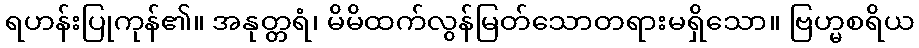
ရဟန်းပြုကုန်၏။ အနုတ္တရံ၊ မိမိထက်လွန်မြတ်သောတရားမရှိသော။ ဗြဟ္မစရိယ